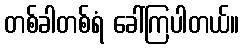
တစ်ခါတစ်ရံ ခေါ်ကြပါတယ်။